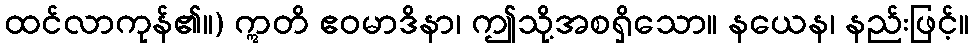
ထင်လာကုန်၏။) ဣတိ ဧဝမာဒိနာ၊ ဤသို့အစရှိသော။ နယေန၊ နည်းဖြင့်။